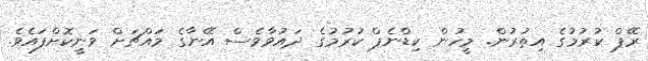
ރޭޕް ކުރުމުގެ އިތުރުން. މީހުން ކިޑްނެޕް ކުރުމުގެ ދައުވާވެސް އޭނާގެ މައްޗަށް ވަނީކޮށްފައެވެ.